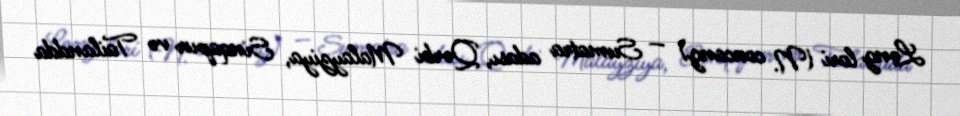
Ləng lori (N. coucang) — Sumatra adası, Qərbi Malayziya, Sinqapur və Tailandda